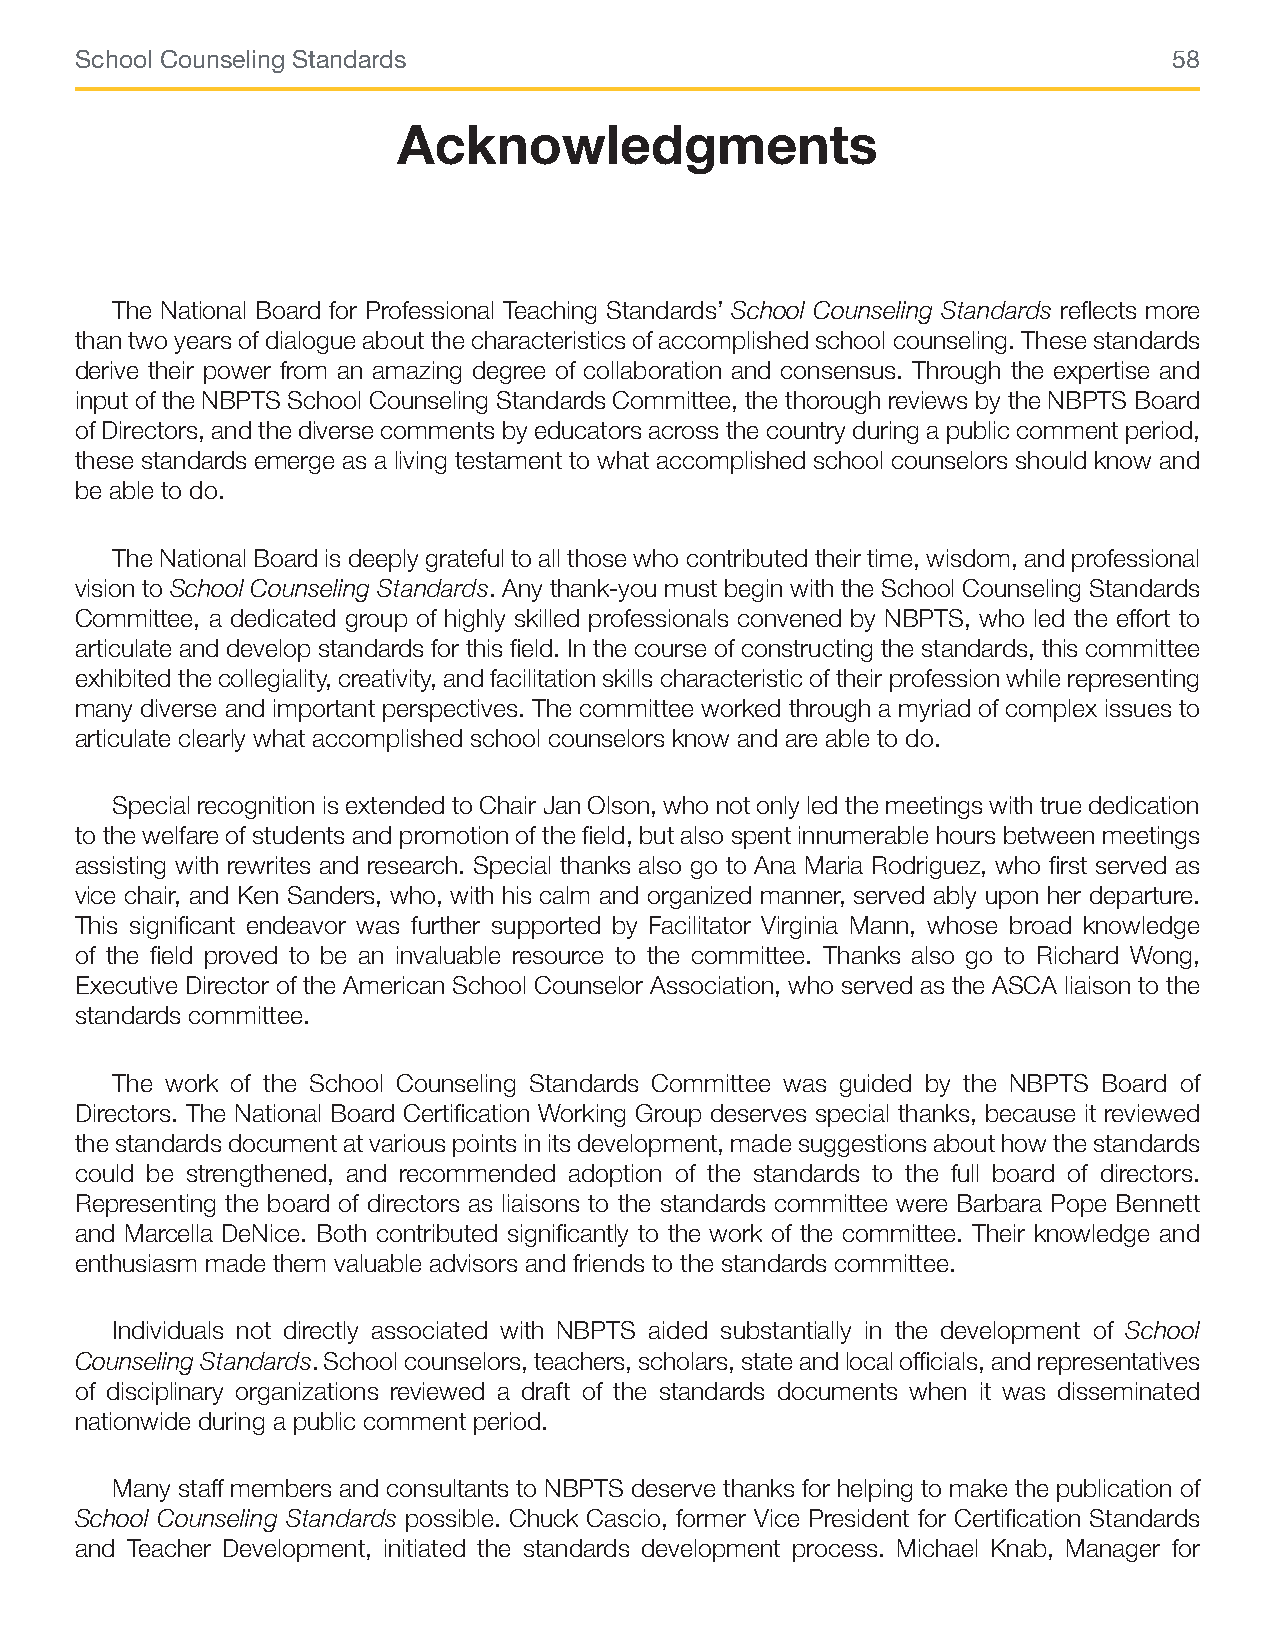
School Counseling Standards                                              58
 Acknowledgments
 The National Board for Professional Teaching Standards’ School Counseling Standards reflects more
 than two years of dialogue about the characteristics of accomplished school counseling. These standards
 derive their power from an amazing degree of collaboration and consensus. Through the expertise and
 input of the NBPTS School Counseling Standards Committee, the thorough reviews by the NBPTS Board
 of Directors, and the diverse comments by educators across the country during a public comment period,
 these standards emerge as a living testament to what accomplished school counselors should know and
 be able to do.
 The National Board is deeply grateful to all those who contributed their time, wisdom, and professional
 vision to School Counseling Standards. Any thank-you must begin with the School Counseling Standards
 Committee, a dedicated group of highly skilled professionals convened by NBPTS, who led the effort to
 articulate and develop standards for this field. In the course of constructing the standards, this committee
 exhibited the collegiality, creativity, and facilitation skills characteristic of their profession while representing
 many diverse and important perspectives. The committee worked through a myriad of complex issues to
 articulate clearly what accomplished school counselors know and are able to do.
 Special recognition is extended to Chair Jan Olson, who not only led the meetings with true dedication
 to the welfare of students and promotion of the field, but also spent innumerable hours between meetings
 assisting with rewrites and research. Special thanks also go to Ana Maria Rodriguez, who first served as
 vice chair, and Ken Sanders, who, with his calm and organized manner, served ably upon her departure.
 This significant endeavor was further supported by Facilitator Virginia Mann, whose broad knowledge
 of the field proved to be an invaluable resource to the committee. Thanks also go to Richard Wong,
 Executive Director of the American School Counselor Association, who served as the ASCA liaison to the
 standards committee.
 The work of the School Counseling Standards Committee was guided by the NBPTS Board of
 Directors. The National Board Certification Working Group deserves special thanks, because it reviewed
 the standards document at various points in its development, made suggestions about how the standards
 could be strengthened, and recommended adoption of the standards to the full board of directors.
 Representing the board of directors as liaisons to the standards committee were Barbara Pope Bennett
 and Marcella DeNice. Both contributed significantly to the work of the committee. Their knowledge and
 enthusiasm made them valuable advisors and friends to the standards committee.
 Individuals not directly associated with NBPTS aided substantially in the development of School
 Counseling Standards. School counselors, teachers, scholars, state and local officials, and representatives
 of disciplinary organizations reviewed a draft of the standards documents when it was disseminated
 nationwide during a public comment period.
 Many staff members and consultants to NBPTS deserve thanks for helping to make the publication of
 School Counseling Standards possible. Chuck Cascio, former Vice President for Certification Standards
 and Teacher Development, initiated the standards development process. Michael Knab, Manager for